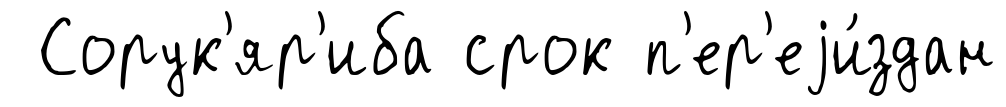
Сорук'яр'иба срок п'ер'еjи́здан